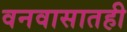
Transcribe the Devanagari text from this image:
वनवासातही